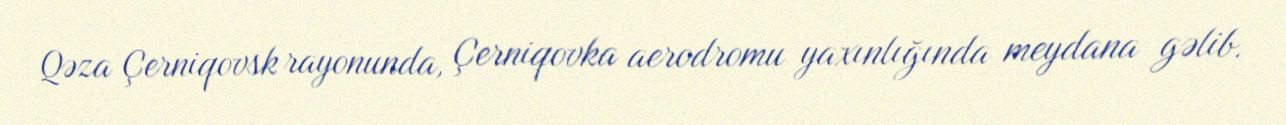
Qəza Çerniqovsk rayonunda, Çerniqovka aerodromu yaxınlığında meydana gəlib.